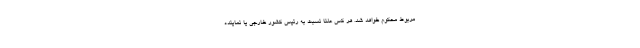
مربوط محکوم ‌خواهد شد. هر کس علناً نسبت به رئیس کشور خارجی یا نماینده